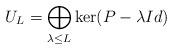
LaTeX: \begin{align*} U_L = \bigoplus_{\lambda \leq L} \ker (P - \lambda Id) \end{align*}